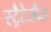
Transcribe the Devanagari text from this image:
स्ट्रैटेजीस